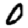
Digit: 0